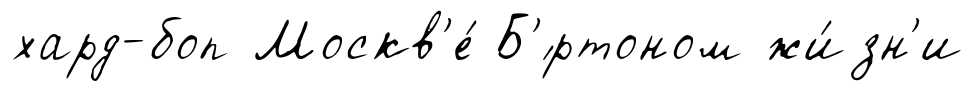
хард-боп Москв'е́ Б'́ртоном жи́зн'и